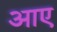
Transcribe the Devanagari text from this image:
अाए